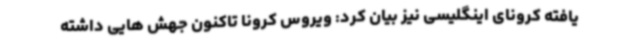
یافته کرونای اینگلیسی نیز بیان کرد: ویروس کرونا تاکنون جهش هایی داشته